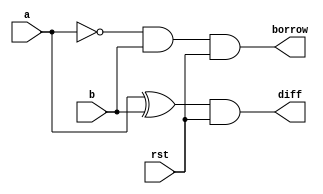
`timescale 1ns / 1ps
//////////////////////////////////////////////////////////////////////////////////
// Company: 
// Engineer: 
// 
// Design Name: 
// Module Name:    half_subtractor 
// Project Name: 
//
//////////////////////////////////////////////////////////////////////////////////
module half_subtractor(diff,borrow,a,b,rst);
input a,b,rst;
output diff,borrow;
wire [1:0]w; 

xor (w[0],a,b);
and n1(w[1],~a,b);

and n2(diff,w[0],rst);
and n3(borrow,w[1],rst);
endmodule